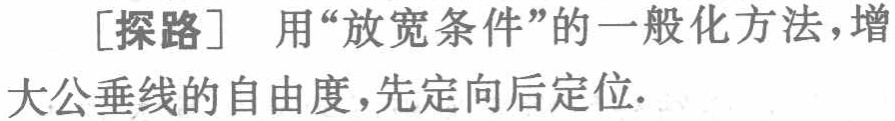
[探路] 用“放宽条件”的一般化方法，增大公垂线的自由度，先定向后定位.